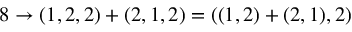
\begin{array} { r } { 8 \rightarrow ( 1 , 2 , 2 ) + ( 2 , 1 , 2 ) = ( ( 1 , 2 ) + ( 2 , 1 ) , 2 ) } \end{array}